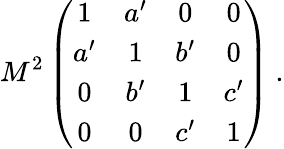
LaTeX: M^{2}\left(\begin{array}{cccc}{{1}}&{{a^{\prime}}}&{{0}}&{{0}}\\ {{a^{\prime}}}&{{1}}&{{b^{\prime}}}&{{0}}\\ {{0}}&{{b^{\prime}}}&{{1}}&{{c^{\prime}}}\\ {{0}}&{{0}}&{{c^{\prime}}}&{{1}}\end{array}\right)\ .